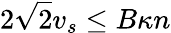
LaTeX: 2\sqrt{2}v_{s}\le B\kappa n